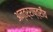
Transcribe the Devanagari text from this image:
अन्तर्राष्त्रीय